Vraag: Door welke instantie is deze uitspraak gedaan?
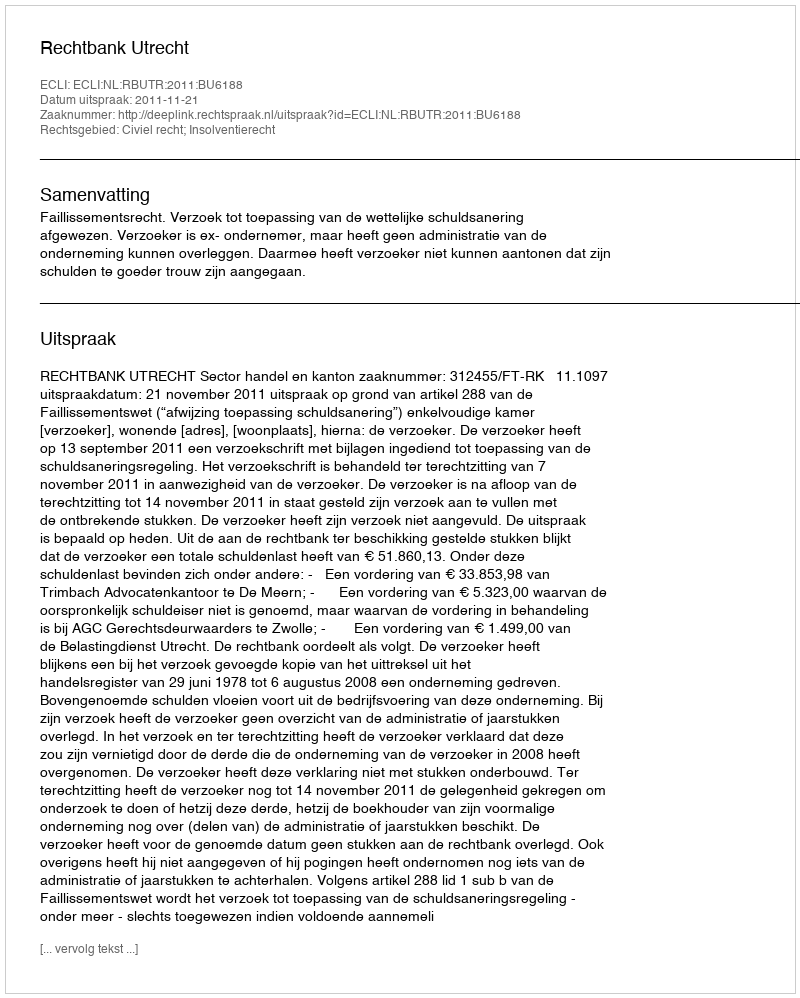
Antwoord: Rechtbank Utrecht